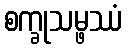
စက္ခုသမ္ဖဿံ